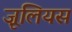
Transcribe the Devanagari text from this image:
ज़ूलियस